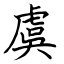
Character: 虞